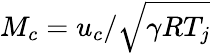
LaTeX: M_{c}=u_{c}/\sqrt{\gamma RT_{j}}